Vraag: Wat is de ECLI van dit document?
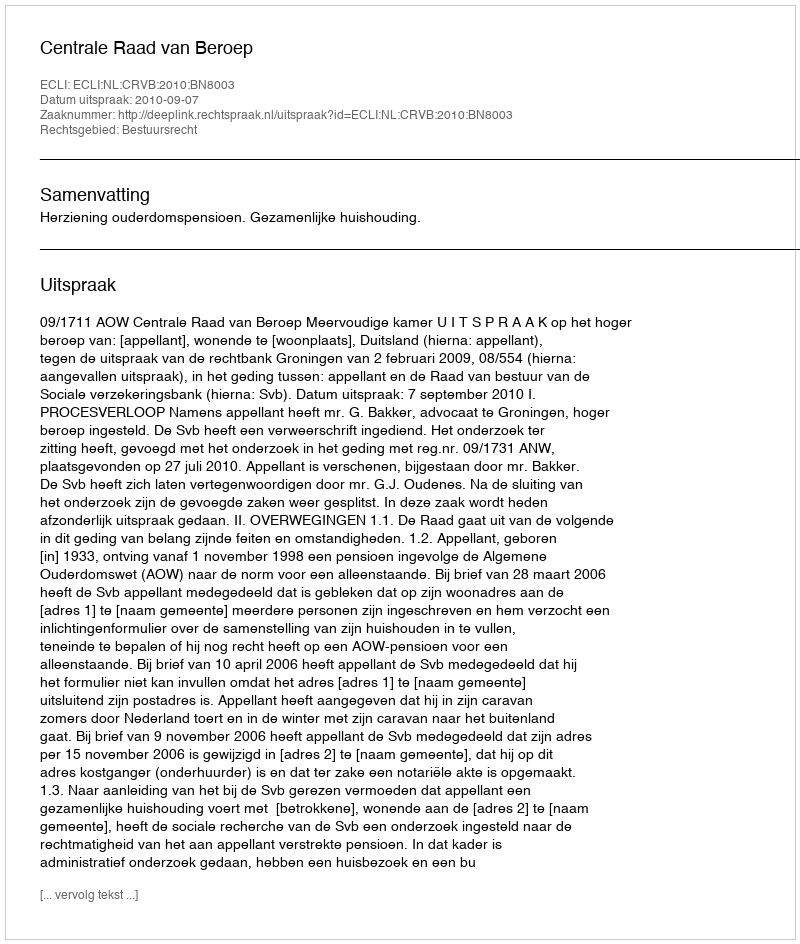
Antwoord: ECLI:NL:CRVB:2010:BN8003